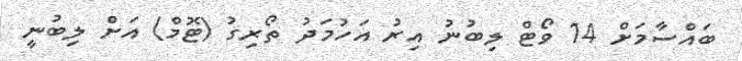
ބައްސާމަށް 14 ވޯޓް ލިބުނު އިރު އަހުމަދު ތޯރިގު (ޓޮމް) އަށް ލިބުނީ